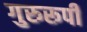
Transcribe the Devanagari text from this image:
गुरुरूपी